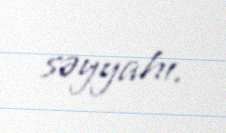
səyyahı.